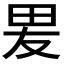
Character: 𭺿